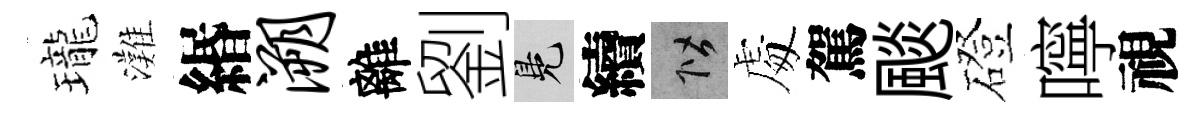
瓏灘緡溯離劉鳬續階䖏駕颷磴嚀視